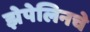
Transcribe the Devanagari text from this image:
झेपेलिनचे